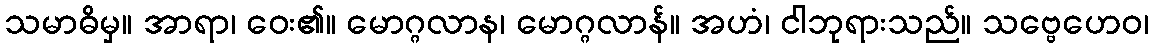
သမာဓိမှ။ အာရာ၊ ဝေး၏။ မောဂ္ဂလာန၊ မောဂ္ဂလာန်။ အဟံ၊ ငါဘုရားသည်။ သဗ္ဗေဟေဝ၊